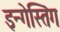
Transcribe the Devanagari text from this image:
इन्गेस्तिंग